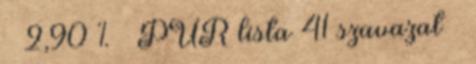
2,90 % – PUR lista 41 szavazat –